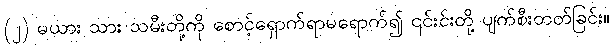
(၂) မယား သား သမီးတို့ကို စောင့်ရှောက်ရာမရောက်၍ ၎င်းင်းတို့ ပျက်စီးတတ်ခြင်း။